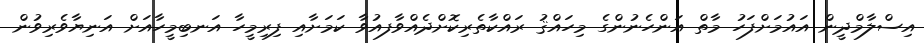
އިސްލާމްދީން އައުމަށްފަހު މާތް އަންހެނުންގެ މިހައްޤު ރައްކާތެރިކޮށްދެއްވާފއުވާ ކަމަށާއި ފިރިމީހާ އަނބިމީހާއަށް އަނިޔާވެރިވުން